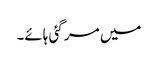
میں مر گئی ہائے۔